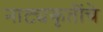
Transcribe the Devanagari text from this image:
नाट्यकृतींचे